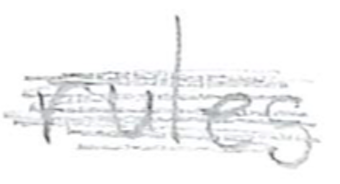
Text: rules
Cross-out: scratch
Writing tool: pencil